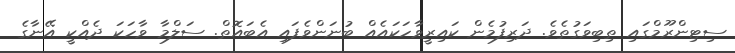
ސިޓިންރޫމްގައި ތިބިވަގުތެވެ. ދަރިފުމެން ކައިރީވާހަކައެއް ބުނަންވެފައި އެބައޮތް. ސަލްމާ ވާހަކަ ދެއްކީ އޭނާގެ